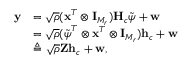
\begin{array} { r l } { \mathbf { y } } & { = \sqrt { \rho } ( \mathbf { x } ^ { T } \otimes \mathbf { I } _ { M _ { r } } ) \mathbf { H } _ { c } \tilde { \boldsymbol { \psi } } + \mathbf { w } } \\ & { = \sqrt { \rho } ( \tilde { \boldsymbol { \psi } } ^ { T } \otimes \mathbf { x } ^ { T } \otimes \mathbf { I } _ { M _ { r } } ) \mathbf { h } _ { c } + \mathbf { w } } \\ & { \triangleq \sqrt { \rho } \mathbf { Z } \mathbf { h } _ { c } + \mathbf { w } , } \end{array}